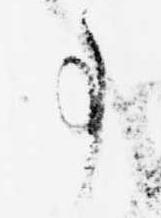
事